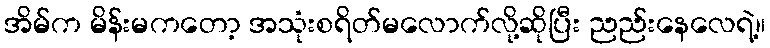
အိမ်က မိန်းမကတော့ အသုံးစရိတ်မလောက်လို့ဆိုပြီး ညည်းနေလေရဲ့။